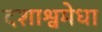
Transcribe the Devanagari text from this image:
दशाश्वमेधा